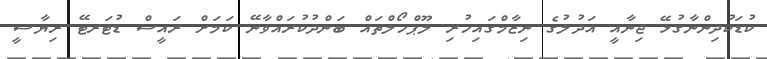
ކުޑަކުދިންނާގުޅޭ ޖިނާއީ އަދުލުގެ ނިޒާމްގައިހުރި ލޫޕްހޯލްތައް ބަންދުކުރައްވާނޭ ކަމަށް ރައީސް ޑުޓަރޓޭ ރިޔާސީ